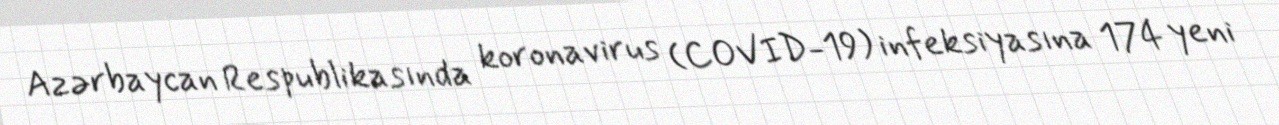
Azərbaycan Respublikasında koronavirus (COVID-19) infeksiyasına 174 yeni